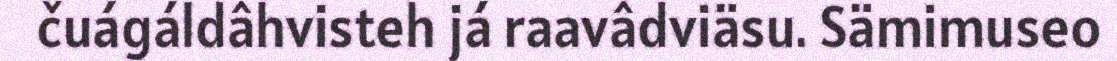
čuágáldâhvisteh já raavâdviäsu. Sämimuseo